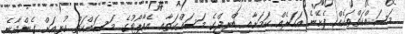
މަސައްކަތްތަކެއް ފެށޭނެ އަހަރެއް ކަމަށާއި ބްރިޖްގެ މަސައްކަތާއި އެއާޕޯޓުގެ މަސައްކަތް ކުރިއަށް ގެންދާނެ